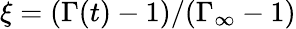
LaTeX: \xi=(\Gamma(t)-1)/(\Gamma_{\infty}-1)